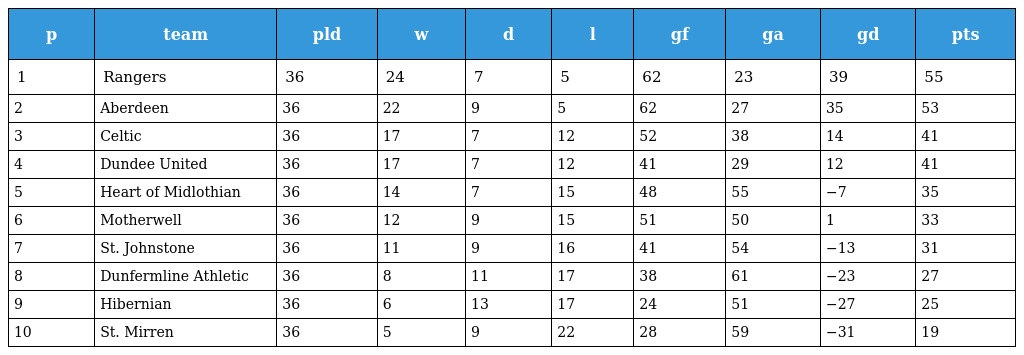
| p | team | pld | w | d | l | gf | ga | gd | pts |
 | --- | --- | --- | --- | --- | --- | --- | --- | --- | --- |
 | 1 | Rangers | 36 | 24 | 7 | 5 | 62 | 23 | 39 | 55 |
 | 2 | Aberdeen | 36 | 22 | 9 | 5 | 62 | 27 | 35 | 53 |
 | 3 | Celtic | 36 | 17 | 7 | 12 | 52 | 38 | 14 | 41 |
 | 4 | Dundee United | 36 | 17 | 7 | 12 | 41 | 29 | 12 | 41 |
 | 5 | Heart of Midlothian | 36 | 14 | 7 | 15 | 48 | 55 | −7 | 35 |
 | 6 | Motherwell | 36 | 12 | 9 | 15 | 51 | 50 | 1 | 33 |
 | 7 | St. Johnstone | 36 | 11 | 9 | 16 | 41 | 54 | −13 | 31 |
 | 8 | Dunfermline Athletic | 36 | 8 | 11 | 17 | 38 | 61 | −23 | 27 |
 | 9 | Hibernian | 36 | 6 | 13 | 17 | 24 | 51 | −27 | 25 |
 | 10 | St. Mirren | 36 | 5 | 9 | 22 | 28 | 59 | −31 | 19 |